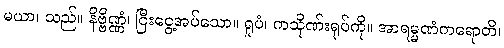
မယာ၊ သည်။ နိဗ္ဗိဏ္ဏံ၊ ငြီးငွေ့အပ်သော။ ရူပံ၊ ကသိုဏ်းရုပ်ကို။ အာရမ္မဏံကရောတိ၊